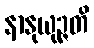
နာနုယုဉ္ဇတိ